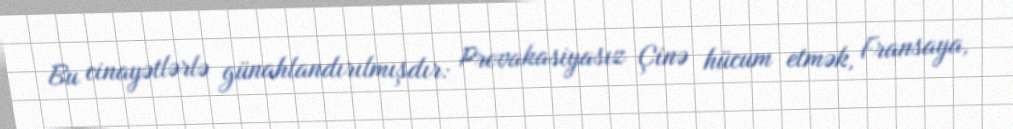
Bu cinayətlərlə günahlandırılmışdır: Provakasiyasız Çinə hücum etmək, Fransaya,